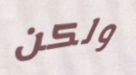
ولكن